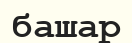
башар